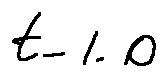
t - 1 . 0